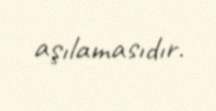
aşılamasıdır.